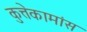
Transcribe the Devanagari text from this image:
कुत्तेकामांस